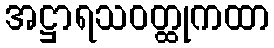
အဋ္ဌာရသဝတ္ထုကထာ